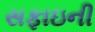
સફાઇની